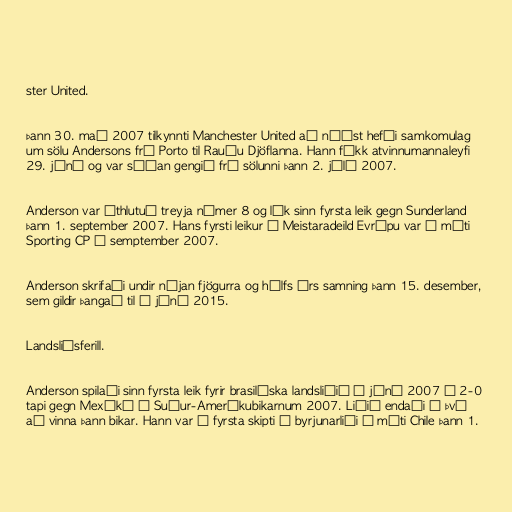
ster United.

Þann 30. maí 2007 tilkynnti Manchester United að náðst hefði samkomulag
um sölu Andersons frá Porto til Rauðu Djöflanna. Hann fékk atvinnumannaleyfi
29. júní og var síðan gengið frá sölunni þann 2. júlí 2007.

Anderson var úthlutuð treyja númer 8 og lék sinn fyrsta leik gegn Sunderland
þann 1. september 2007. Hans fyrsti leikur í Meistaradeild Evrópu var á móti
Sporting CP í semptember 2007.

Anderson skrifaði undir nýjan fjögurra og hálfs árs samning þann 15. desember,
sem gildir þangað til í júní 2015.

Landsliðsferill.

Anderson spilaði sinn fyrsta leik fyrir brasilíska landsliðið í júní 2007 í 2-0
tapi gegn Mexíkó í Suður-Ameríkubikarnum 2007. Liðið endaði á því
að vinna þann bikar. Hann var í fyrsta skipti í byrjunarliði á móti Chile þann 1.